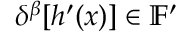
\delta ^ { \beta } [ h ^ { \prime } ( x ) ] \in \mathbb { F } ^ { \prime }